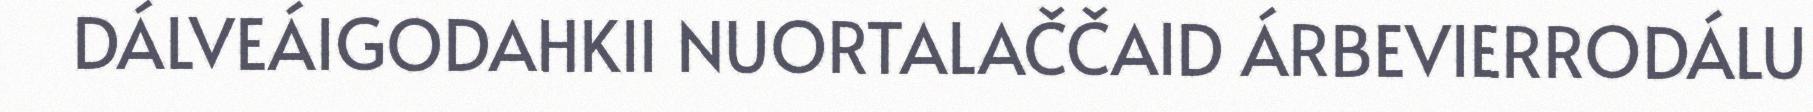
DÁLVEÁIGODAHKII NUORTALAČČAID ÁRBEVIERRODÁLU